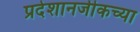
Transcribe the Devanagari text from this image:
प्रदेशानजीकच्या